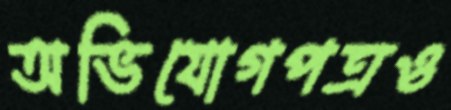
অভিযোগপত্রও